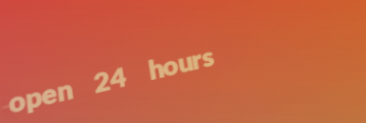
open 24 hours